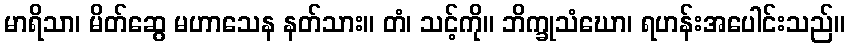
မာရိသာ၊ မိတ်ဆွေ မဟာသေန နတ်သား။ တံ၊ သင့်ကို။ ဘိက္ခုသံဃော၊ ရဟန်းအပေါင်းသည်။